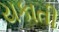
યકાતી